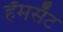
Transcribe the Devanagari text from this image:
हॅमसॅट